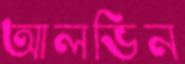
আলভিন